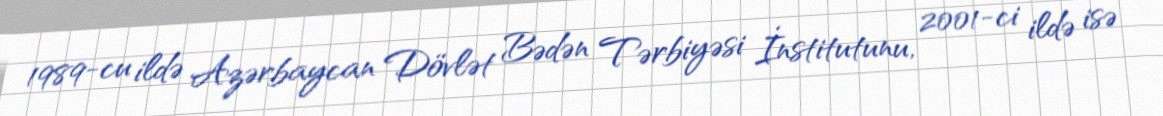
1989-cu ildə Azərbaycan Dövlət Bədən Tərbiyəsi İnstitutunu, 2001-ci ildə isə